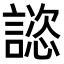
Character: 𧫎